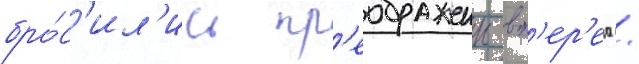
бро́с'ил'ись пр'еображенцы вп'ер'ед /